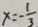
x = - \frac { 1 } { 3 }